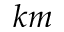
k m